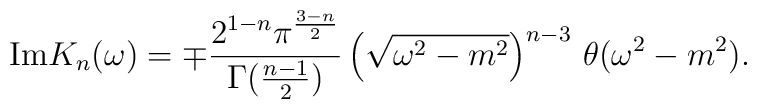
{\rm Im}K_n(\omega)=\mp \frac{2^{1-n}\pi^{\frac{3-n}{2}}}{\Gamma(\frac{n-1}{2})} \left(\sqrt{\omega^2-m^2} \right)^{n-3}\,\theta(\omega^2-m^2).